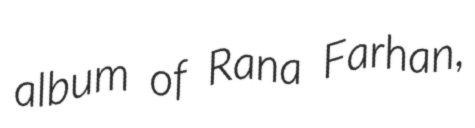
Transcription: album of Rana Farhan,